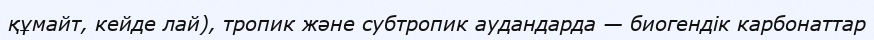
құмайт, кейде лай), тропик және субтропик аудандарда — биогендік карбонаттар